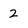
Character: 2